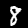
Digit: 8